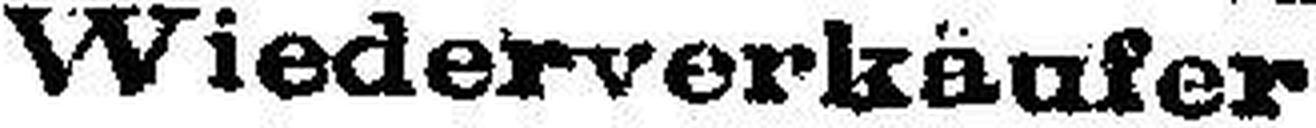
Wiederverkäufer